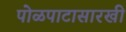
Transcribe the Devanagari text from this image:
पोळपाटासारखी